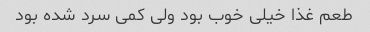
طعم غذا خیلی خوب بود ولی کمی سرد شده بود